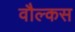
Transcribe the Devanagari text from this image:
वौल्कस